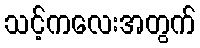
သင့်ကလေးအတွက်